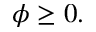
\phi \geq 0 .